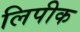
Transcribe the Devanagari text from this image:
लिपीक